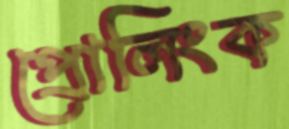
প্রোলিংক